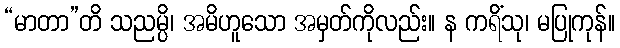
“မာတာ”တိ သညမ္ပိ၊ အမိဟူသော အမှတ်ကိုလည်း။ န ကရိံသု၊ မပြုကုန်။